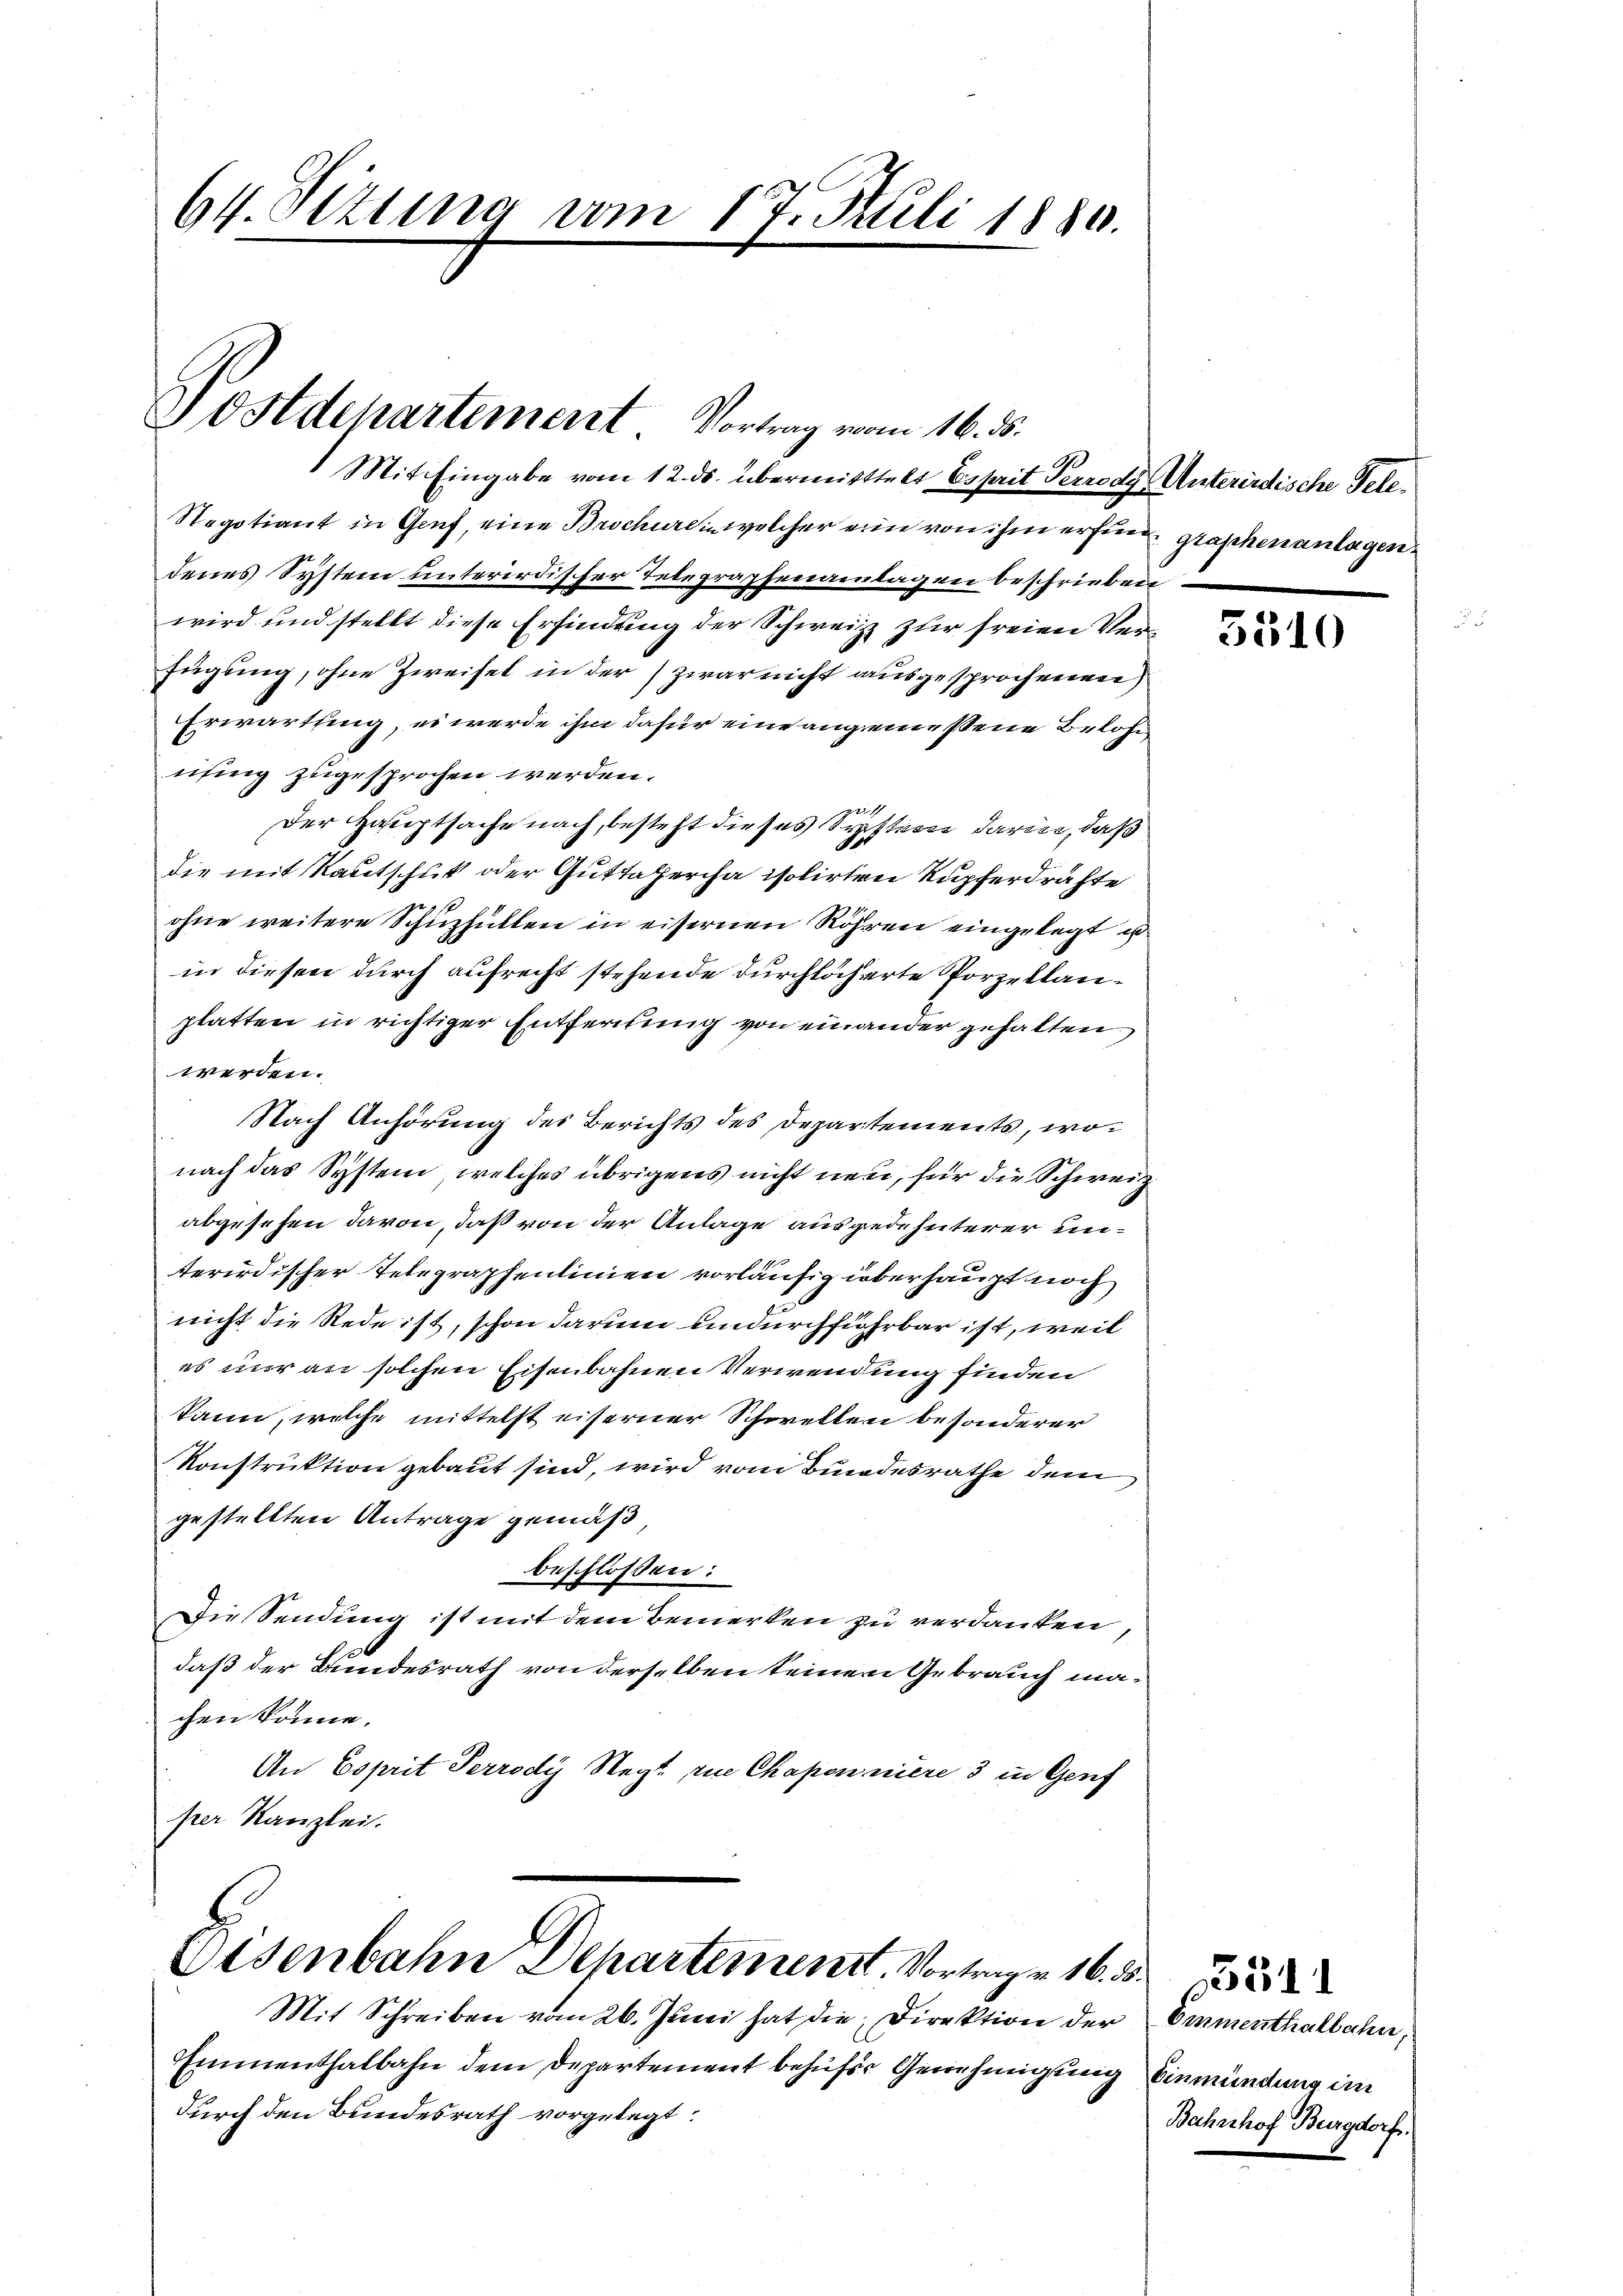
64. Etting vom 17. Juli 1880.

Postdepartement Vortrag vom 16. ds.

Mit Eingabe vom 12. ds. übermitttelt Esseit Perrede Unterirdische Tele¬
Negotiant in Genf, eine Brocherein welcher eine von ihm erfunde graphen anlagendenes System unterirdischer Telegraphenanlagen beschrieben
wird und stellt diese Erfindung der Schweiz zur freien Verfügung, ohne Zweifel in der zwar nicht ausgesprochenen
Erwartung, es werde ihm dafür eine angemessene Belohn
nung zugesprochen werden.
1
Der Hauptsache nach, besteht dieses Systern darin, daß
die mit Kautschuß oder Guttapercha isolirten Kupferdrähte
ohne weitere Schuzfüllen in eisernen Röhren eingelegt u
in diesen durch aufrecht stehende durchlöcherte Porzellanplatten in richtiger Entfernung von einander gehalten
werden.
Nach Anhörung des Berichts des Departements, wonach das System, welches übrigens nicht neu, für die Schweiz
abgesehen davon, daß von der Anlage ausgedehnterer unterirdischer Telegraphenlinien vorläufig überhaupt noch
nicht die Rede ist, schon darum undurchführbar ist, weil
es nur an solchen Eisenbahnen Verwendung finden
kann, welche mittelst eiserner Schwellen besonderer
Konstruktion gebaut sind, wird vom Bundesrathe dem
gestellten Antrage gemäß
beschlossen:
Die Sendung ist mit dem Bemerken zu verdanken,
2x
daß der Bundesrath von derselben seinen Gebrauch machen könne.
An Esprit Perrody Negt. Die Chapon niere 3 in Genf
per Kanzlei.

Eisenbahn Departement. Vortrage 16. d.

Mit Schreiben vom 26. Juni hat die Direktion der
Emmenthalbahn dem Departement behufer Genehmigung
durch den Bundesrath vorgelegt:

3510

Emmenthalbahn
Einmündung im
Bahnhof Burgdorf.